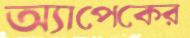
অ্যাপেকের